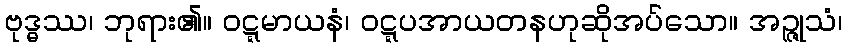
ဗုဒ္ဓဿ၊ ဘုရား၏။ ဝဋ္ဋမာယနံ၊ ဝဋ္ဋပအာယတနဟုဆိုအပ်သော။ အဉ္ဇုသံ၊